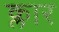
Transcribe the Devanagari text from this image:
क्लार